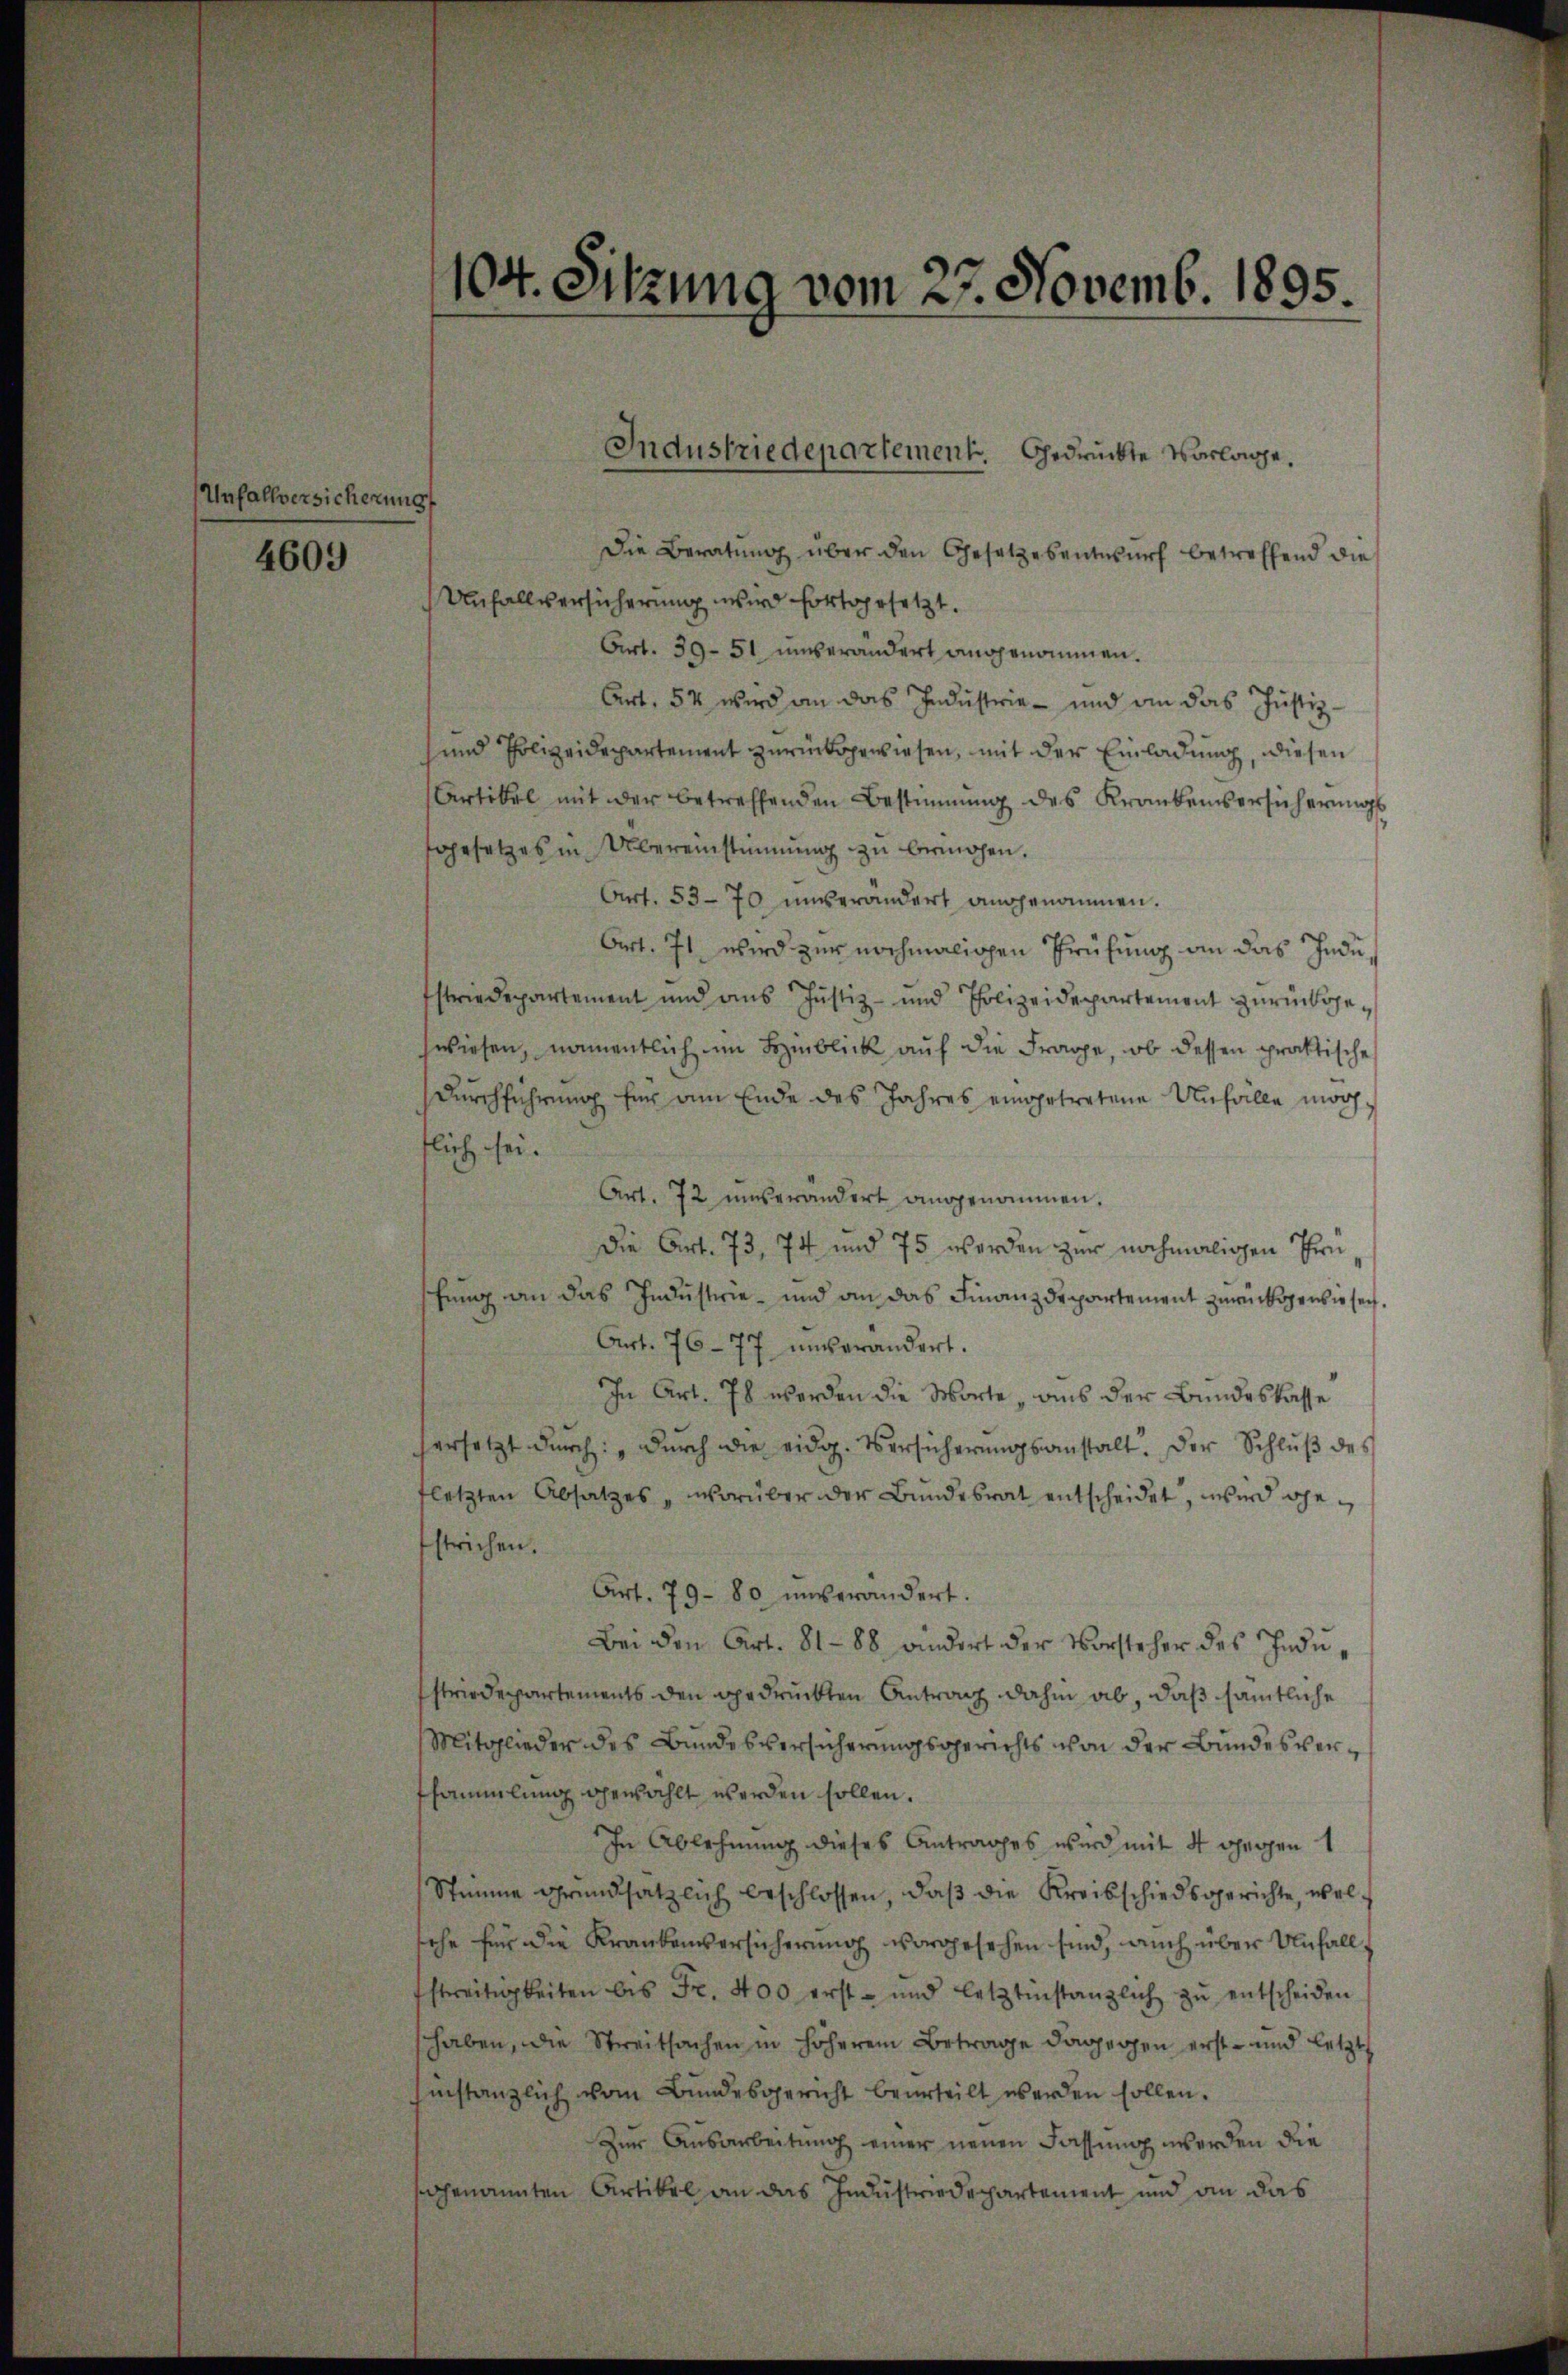
Unfallversicherung

4609

104. Sitzung vom 27. Novemb. 1895.

Die Beratung über den Gesetzesentwurf betreffend die
Unfallversicherung wird fortgesetzt.
Art. 39. 51 unverändert angenommen.
Art. 54 wird an das Industrie - und an das Justiz-
sund Polizeidepartement zurückgewiesen, mit der Einladung, diesen
Artikel mit der betreffenden Bestimmung des Krankenversicherŭngs
sgesetzes in Übereinstimmung zu bringen.
Art. 53-70 unverändert angenommen.
Art. 71, wird zur nochmaligen Prüfung an das Industriedepartement und ans Justiz- und Polizeidepartement zurückgezwiesen, namentlich im Hinblick auf die Frage, ob dessen praktische
Durchführung für am Ende des Jahres eingetretene Unfalle mögtlich sei.
Art. 72 unverändert angenommen.
Die Art. 73, 74 und 75 werden zur nochmaligen Prüfung an das Industrie- und an das Finanzdepartement zurückigens sei¬
Art. 76-77 unverändert.
In Art. Es werden die Worte, aus der Bundeskasse
ersetzt durch: „Durch die eidg. Versicherungsanstalt. Der Schluß des
fletzten Absatzes, worüber der Bundesrat entscheidet, wird gestrichen.
Art. 79. 80 unverändert.
Bei den Art. 81-88 windert der Vorsteher des Industriedepartements den gedruckten Antrag dahin ab, daß sämtliche
Mitglieder des Bundesversicherungsgerichts von der Bundesversammlung gewählt werden sollen.
In Ablehnung dieses Antrages wird mit 4 gegen 1
Stimme grundsätzlich beschlossen, daß die Kreisschiedsgerichte, welche für die Krankenversicherung vorgesehen sind, auch über Unfall
streitigkeiten bis Fr. 400 erst- und letztinstanzlich zŭ entscheiden
haben, die Streitsachen in höherem Betrage dagegen erst- und letzt
instanzlich vom Bundesgericht beurteilt werden sollen.
Zur Ausarbeitung einer neuen Fassung werden die
genannten Artikel an das Industriedepartement und an das

Industriedepartement. Gedrückte Vorlage.